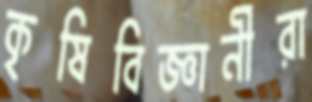
কৃষিবিজ্ঞানীরা